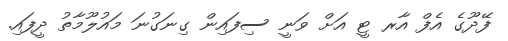
ފޭދޫގެ އެފް އާރ ޓީ އަށް ވަނީ ސިފައިން ގިނަގުނަ މައުލޫމާތު ދީފައި.